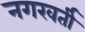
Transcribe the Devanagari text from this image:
नगरवर्ती